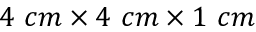
4 \ c m \times 4 \ c m \times 1 \ c m